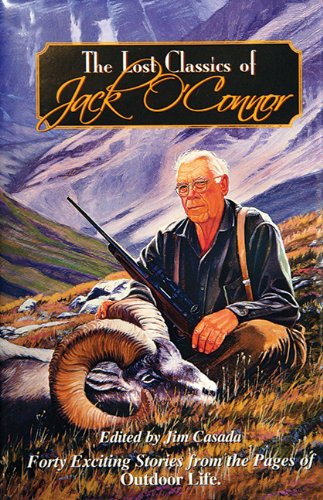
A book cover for The Lost Classics of Jack O'Connor: Forty Exciting Stories from the Pages of Outdoor Life; Sports & Outdoors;